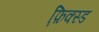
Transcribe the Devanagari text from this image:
फ़ि़क्स्ड